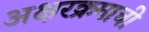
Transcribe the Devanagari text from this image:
अक्षरक्रमाची